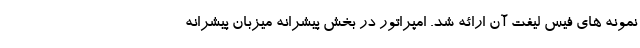
نمونه های فیس لیفت آن ارائه شد. امپراتور در بخش پیشرانه میزبان پیشرانه